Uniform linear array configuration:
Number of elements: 8
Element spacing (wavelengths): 1
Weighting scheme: binomial
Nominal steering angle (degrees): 60
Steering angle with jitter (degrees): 58.845
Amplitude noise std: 0.05
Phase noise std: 0.05

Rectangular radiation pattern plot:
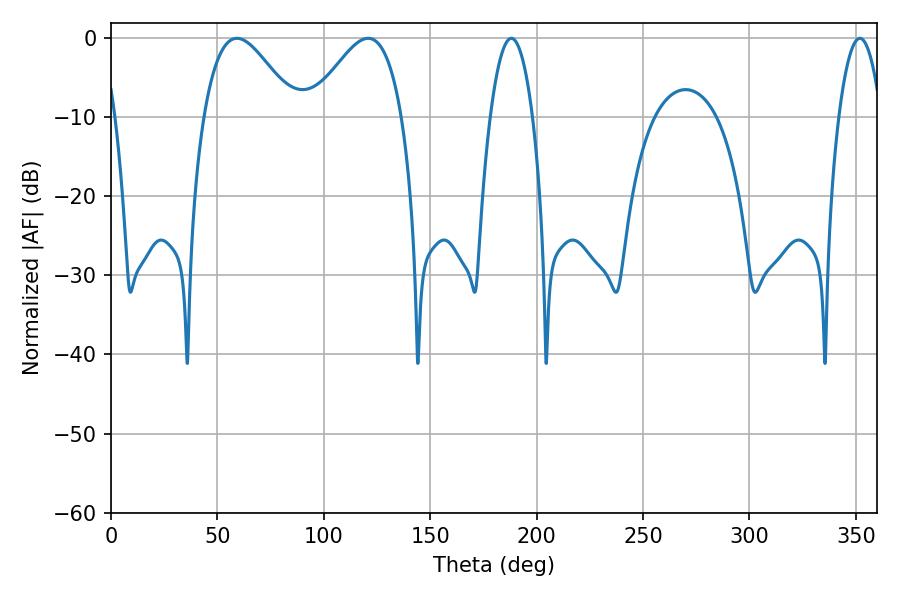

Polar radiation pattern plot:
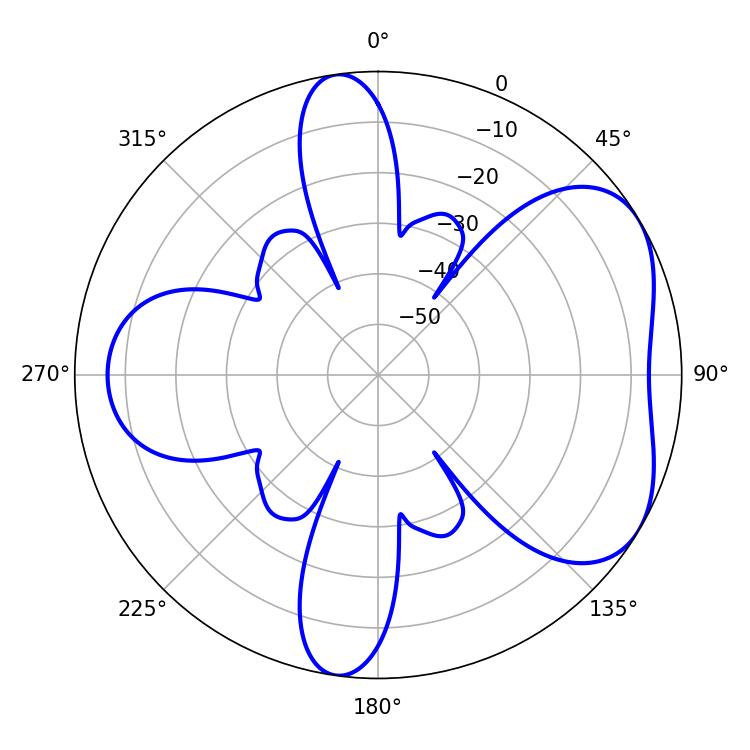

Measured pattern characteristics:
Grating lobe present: TRUE
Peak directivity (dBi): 5.033
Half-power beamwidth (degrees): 10.98
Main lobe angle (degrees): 188.1